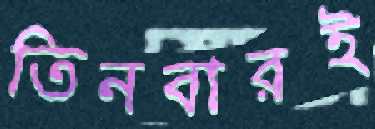
তিনবারই